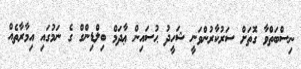
ނިސްބަތްވާ ގޮތަށް ސަރުކާރުންވަނީ ޝަހީދު ޙުސައިން ޢާދަމް ބިލްޑިންގް ގެ ނަމުގައި އިމާރާތެއް